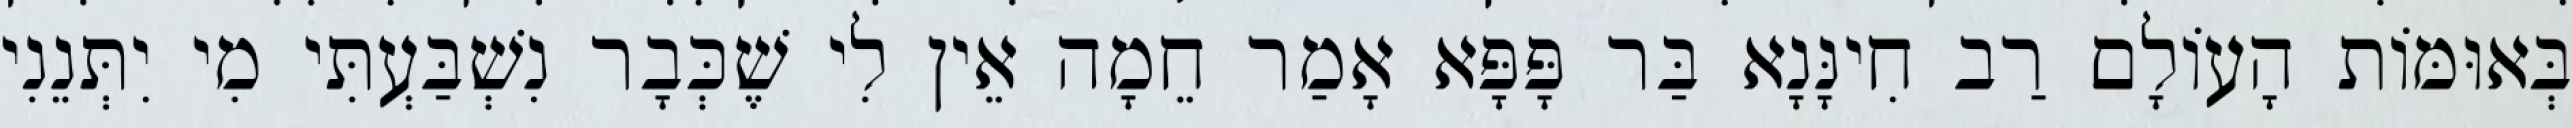
בְּאוּמּוֹת הָעוֹלָם רַב חִינָּנָא בַּר פָּפָּא אָמַר חֵמָה אֵין לִי שֶׁכְּבָר נִשְׁבַּעְתִּי מִי יִתְּנֵנִי